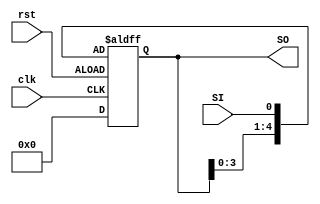
`timescale 1ns / 1ps
//////////////////////////////////////////////////////////////////////////////////
// Company: 
// Engineer: 
// 
// Design Name: 
// Module Name: bitshiftregister5
// Project Name: 
// Target Devices: 
// Tool Versions: 
// Description: 
// 
// Dependencies: 
// 
// Revision:
// Revision 0.01 - File Created
// Additional Comments:
// 
//////////////////////////////////////////////////////////////////////////////////


module bitshiftregister5(SO,clk,rst,SI);
	input SI,clk,rst;
	output reg [4:0]SO;
	always@(posedge clk, negedge rst)
	if(rst)
		SO <= 5'd0;
	else
		SO <= {SO[3:0],SI};	
endmodule